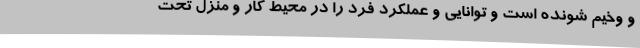
و وخیم شونده است و توانایی و عملکرد فرد را در محیط کار و منزل تحت